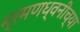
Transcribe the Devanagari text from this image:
भ्रमणध्वनीच्या